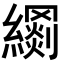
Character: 𦆢